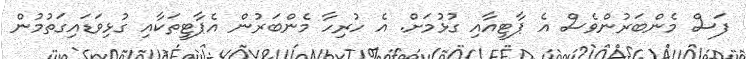
ފަސް މެންބަރުންވެސް އެ ޕާޓީއާއި ގުޅުމަށް. އެ ހުރިހާ މެންބަރުން އެޕާޓީތަކާއި ގުޅިވަޑައިގަތުމުން